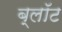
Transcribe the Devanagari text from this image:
ब्‍लॉट